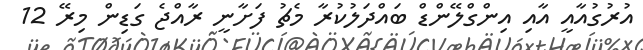
އުރުގުއާއީ އާއި އިންގްލޭންޑް ބައްދަލުކުރާ މެޗު ފަށާނީ ރާއްޖެ ގަޑިން މިރޭ 12